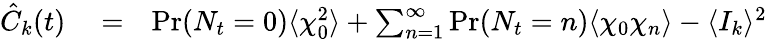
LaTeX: \begin{array}{rlr}{\hat{C}_{k}(t)}&{{}=}&{\operatorname*{Pr}(N_{t}=0)\langle\chi_{0}^{2}\rangle+\sum_{n=1}^{\infty}\operatorname*{Pr}(N_{t}=n)\langle\chi_{0}\chi_{n}\rangle-\langle I_{k}\rangle^{2}}\end{array}